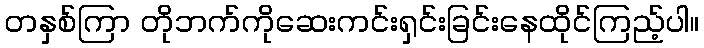
တနှစ်ကြာ တိုဘက်ကိုဆေးကင်းရှင်းခြင်းနေထိုင်ကြည့်ပါ။